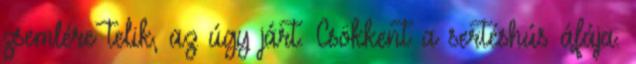
zsemlére telik, az úgy járt. Csökkent a sertéshús áfája.